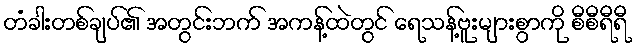
တံခါးတစ်ချပ်၏ အတွင်းဘက် အကန့်ထဲတွင် ရေသန့်ဗူးများစွာကို စီစီရီရီ